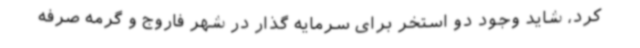
کرد، شاید وجود دو استخر برای سرمایه گذار در شهر فاروج و گرمه صرفه